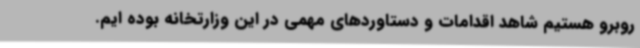
روبرو هستیم شاهد اقدامات و دستاوردهای مهمی در این وزارتخانه بوده ایم.